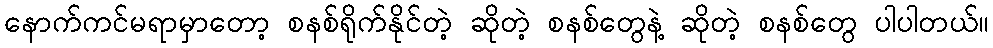
နောက်ကင်မရာမှာတော့ စနစ်ရိုက်နိုင်တဲ့ ဆိုတဲ့ စနစ်တွေနဲ့ ဆိုတဲ့ စနစ်တွေ ပါပါတယ်။